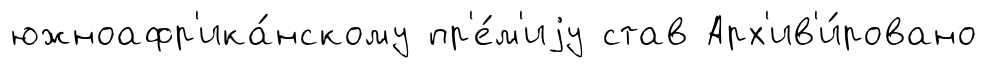
южноафр'ика́нскому пр'е́м'иjу став Арх'ив'и́ровано